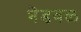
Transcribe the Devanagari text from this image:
भॆडवळ